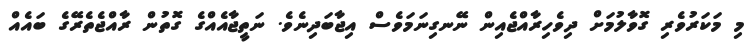
މި މަކަރުވެރި ގޮވާލުމަށް ދިވެހިރާއްޖެއިން ނޭނގިނަމަވެސް އިޖާބަދިނެވެ. ނަތީޖާއެއްގެ ގޮތުން ރާއްޖެތެރޭގެ ބައެއް